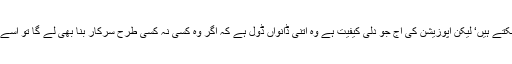
بھارتی جمہوریت کو عوام جمہوریت بنا سکتے ہیں‘ لیکن اپوزیشن کی آج جو دلی کیفیت ہے وہ اتنی ڈانواں ڈول ہے کہ اگر وہ کسی نہ کسی طرح سرکار بنا بھی لے گا تو اسے سال دو سال سے زیادہ نہیں چلا پائے گی۔